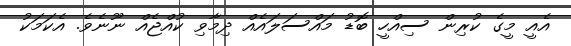
އެއީ މީގެ ކުރިން ސިއްހީ ބޮޑު މައްސަލައެއް ދިމާވި ކުއްޖެއް ނޫނެވެ. އެކަމަކު